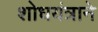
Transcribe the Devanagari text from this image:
शोधयंत्राने